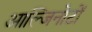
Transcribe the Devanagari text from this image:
आल्जिनोटों